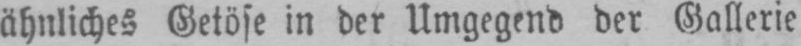
ähnliches Getöse in der Umgegend der Gallerie